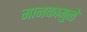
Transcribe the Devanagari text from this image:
मानकामुळे